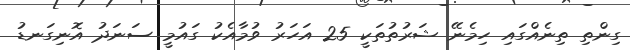
ގިންތި ތިނެއްގައި ހިމެނޭ ޝަރުތުތަކީ 25 އަހަރު ވުމާއެކު ގައުމީ ސަނަދު އޮނިގަނޑު